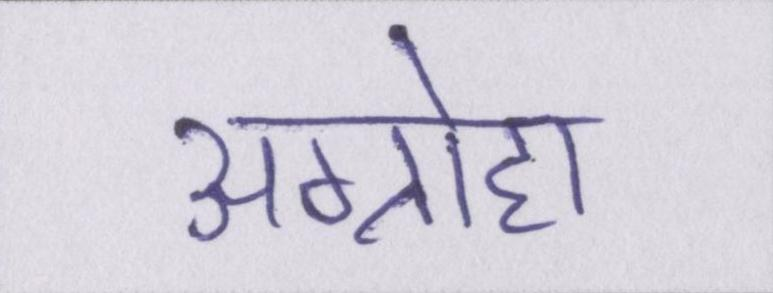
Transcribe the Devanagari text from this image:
अग्रोहा